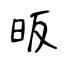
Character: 昄